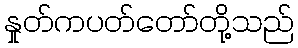
နှုတ်ကပတ်တော်တို့သည်